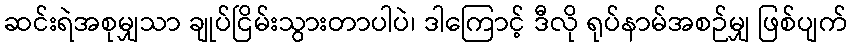
ဆင်းရဲအစုမျှသာ ချုပ်ငြိမ်းသွားတာပါပဲ၊ ဒါကြောင့် ဒီလို ရုပ်နာမ်အစဉ်မျှ ဖြစ်ပျက်